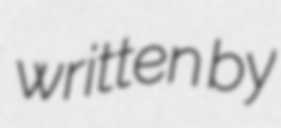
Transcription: written by